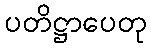
ပတိဋ္ဌာပေတု